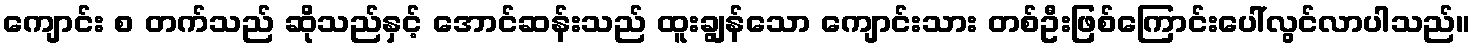
ကျောင်း စ တက်သည် ဆိုသည်နှင့် အောင်ဆန်းသည် ထူးချွန်သော ကျောင်းသား တစ်ဦးဖြစ်ကြောင်းပေါ်လွင်လာပါသည်။